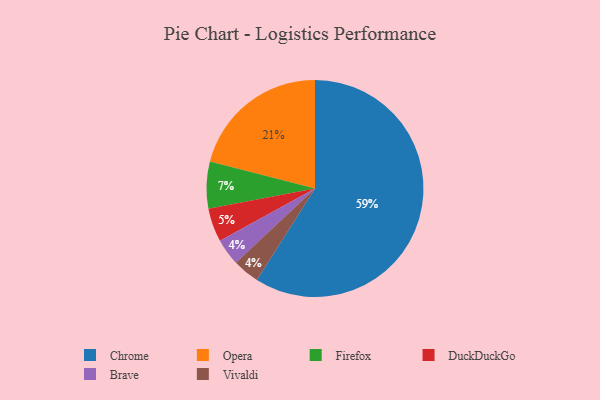
{"axis": {"x": "Category", "y": "Percentage"}, "legend": ["Brave", "Chrome", "DuckDuckGo", "Firefox", "Opera", "Vivaldi"], "data": [{"x": "Chrome", "y": 59, "type": "Chrome"}, {"x": "Brave", "y": 4, "type": "Brave"}, {"x": "Firefox", "y": 7, "type": "Firefox"}, {"x": "Vivaldi", "y": 4, "type": "Vivaldi"}, {"x": "Opera", "y": 21, "type": "Opera"}, {"x": "DuckDuckGo", "y": 5, "type": "DuckDuckGo"}]}